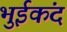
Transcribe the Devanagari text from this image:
भुईकंद